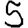
Digit: 5